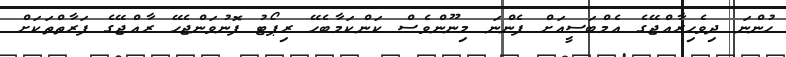
ހުންނަ ދިވެހިރާއްޖޭގެ އެމްބަސީއަށް ފެންނަ މިނޫންވެސް ކަންކަމާބެހޭ ރިޕޯޓު ފޮނުވަންޖެހޭ ރާއްޖޭގެ ފަރާތްތަކަށް